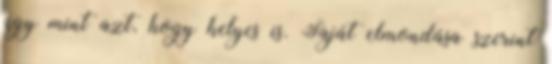
úgy mint azt, hogy helyes is. Saját elmondása szerint